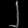
Digit: ၂